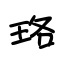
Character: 珞